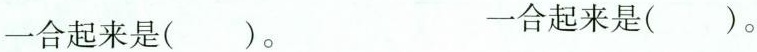
一合起来是（）。 一合起来是（）。